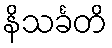
နိသင်္ခတိ